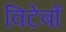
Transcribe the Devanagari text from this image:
विटेर्बो